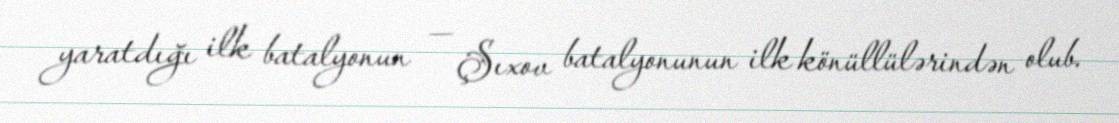
yaratdığı ilk batalyonun — Şıxov batalyonunun ilk könüllülərindən olub.